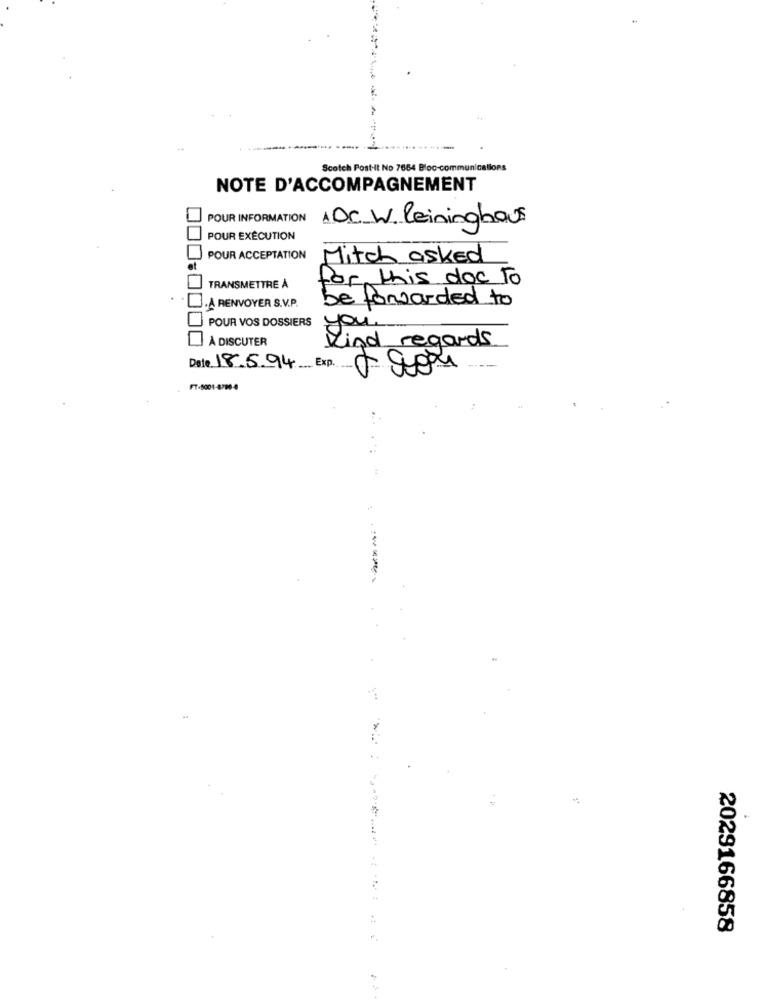
Scotch Post-It No 7664 Bloc-communications
NOTE D'ACCOMPAGNEMENT
POUR INFORMATION 1DC W. leininghaus
POUR EXÉCUTION
POUR ACCEPTATION
Mitch asked
for this doc to
TRANSMETTRE Å
be forwarded to
À RENVOYER S.V.P.
POUR VOS DOSSIERS
you.
À DISCUTER
Kind regards
Date 18.5.94 Exp.
FT-5001-4798-4
2029166858